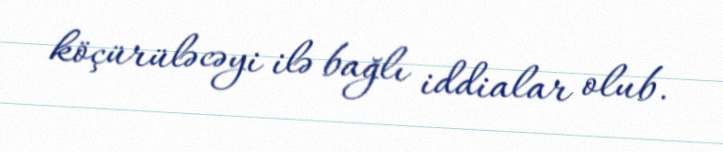
köçürüləcəyi ilə bağlı iddialar olub.